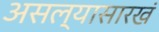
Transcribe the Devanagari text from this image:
असल्यासारखं